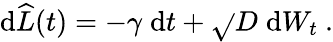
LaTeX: \mathrm{d}\widehat{{L}}(t)=-\gamma\; \mathrm{d}t+\sqrt{}{{D}}\; \mathrm{d}W_{t}\ .